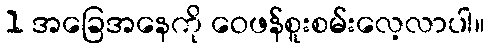
1 အခြေအနေကို ဝေဖန်စူးစမ်းလေ့လာပါ။